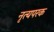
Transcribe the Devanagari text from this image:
नृत्यपरक